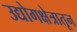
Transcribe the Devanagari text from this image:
उद्योगक्षेत्रातून